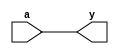
`timescale 1ns/1ps
`default_nettype none

module cg1(
    output wire y,
    input wire a
);

assign y = a;

endmodule
`default_nettype wire